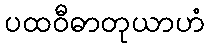
ပထဝီဓာတုယာဟံ